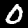
Digit: 0